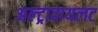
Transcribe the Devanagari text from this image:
अल्ट्रावायलट